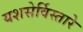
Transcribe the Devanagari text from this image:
यशसेर्विस्तारे